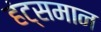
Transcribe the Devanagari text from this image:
हंट्समान